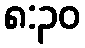
၈:၃၀